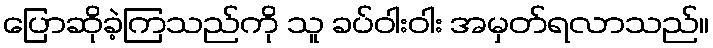
ပြောဆိုခဲ့ကြသည်ကို သူ ခပ်ဝါးဝါး အမှတ်ရလာသည်။